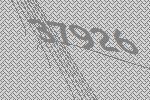
37926